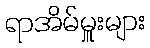
ရာအိမ်မှူးများ